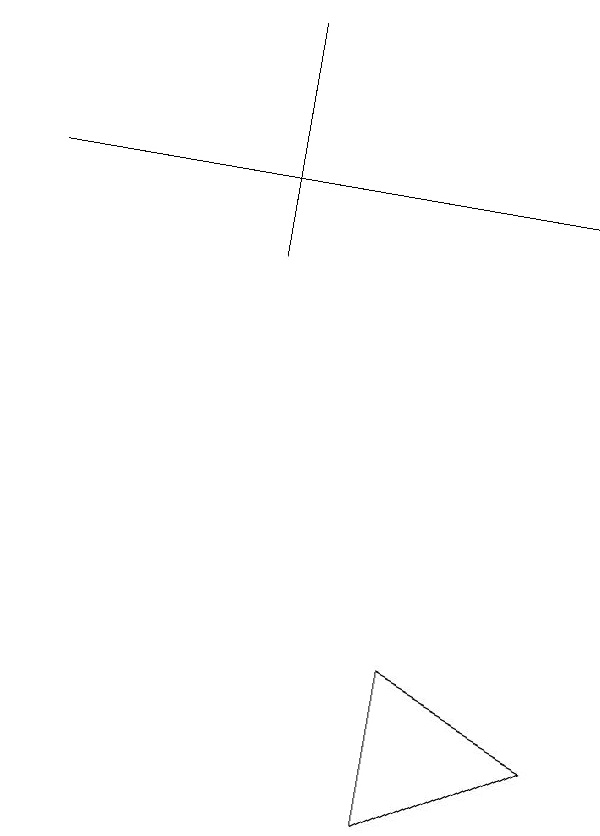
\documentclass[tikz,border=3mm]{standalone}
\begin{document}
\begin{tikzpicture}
\draw (9,7) -- (7,6) -- (7,8) -- cycle;
\draw (5,16) rectangle (5,13);
\draw (2,14) rectangle (9,14);
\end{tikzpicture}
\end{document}